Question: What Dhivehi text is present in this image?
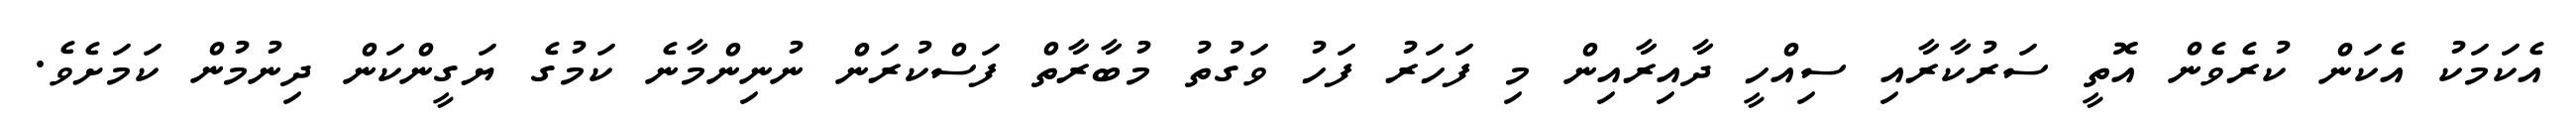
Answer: އެކަމަކު އެކަން ކުރެވެން އޮތީ ސަރުކާރާއި ސިއްހީ ދާއިރާއިން މި ފަހަރު ފަހު ވަގުތު މުބާރާތް ފަސްކުރަން ނުނިންމާނެ ކަމުގެ ޔަގީންކަން ދިނުމުން ކަމަށެވެ.